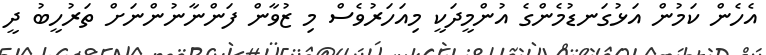
އެހެން ކަމުން އަޅުގަނޑުމެންގެ އުންމީދަކީ މިއަހަރުވެސް މި ޒުވާން ފަންނާނުންނަށް ތަރުހީބު ދީ